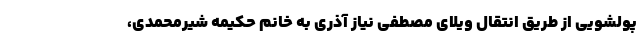
پولشویی از طریق انتقال ویلای مصطفی نیاز آذری به خانم حکیمه شیرمحمدی،